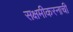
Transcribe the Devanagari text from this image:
सक्षमीकरनाची